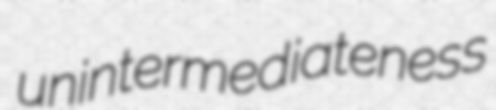
unintermediateness